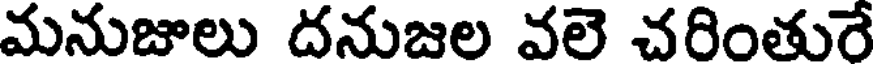
మనుజులు దనుజల వలె చరింతురే